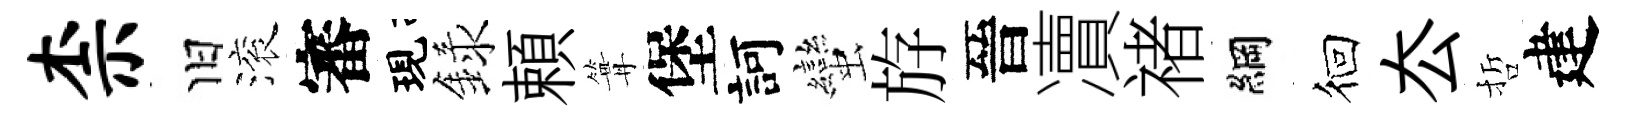
柰旧滚審現録頼篝堡訶蠻斿晉凟禇綱徊厺哲建